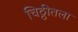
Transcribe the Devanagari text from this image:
चिठ्ठीतला